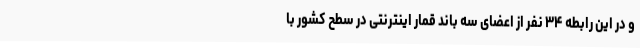
و در این رابطه ۳۴ نفر از اعضای سه باند قمار اینترنتی در سطح کشور با